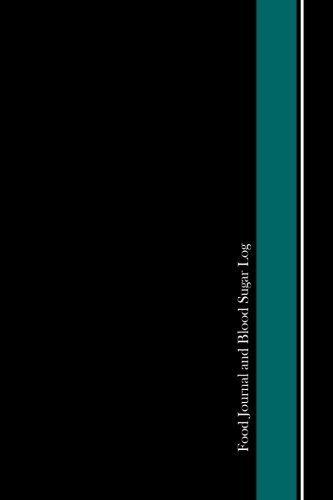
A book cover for Food Journal & Blood Sugar Log: (A Food Diary for Diabetics); I. S. Anderson; Health, Fitness & Dieting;